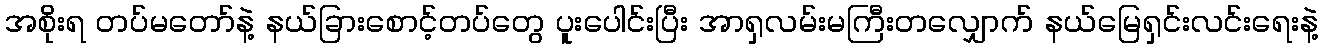
အစိုးရ တပ်မတော်နဲ့ နယ်ခြားစောင့်တပ်တွေ ပူးပေါင်းပြီး အာရှလမ်းမကြီးတလျှောက် နယ်မြေရှင်းလင်းရေးနဲ့